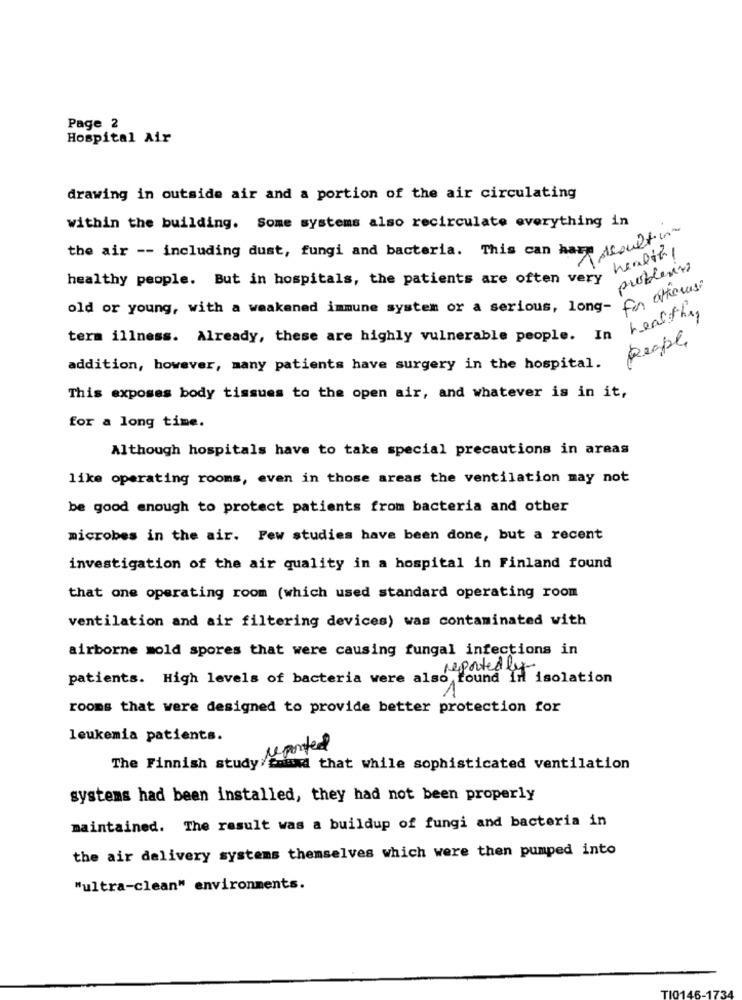
Page 2
Hospital Air
drawing in outside air and a portion of the air circulating
within the building. Some systems also recirculate everything in
the air -- including dust, fungi and bacteria. This can hamm faulty
health
problemas
healthy people. But in hospitals, the patients are often very
for others
old or young, with a weakened immune system or a serious, long-
healthy
term illness. Already, these are highly vulnerable people. In
people
addition, however, many patients have surgery in the hospital.
This exposes body tissues to the open air, and whatever is in it,
for a long time.
Although hospitals have to take special precautions in areas
like operating rooms, even in those areas the ventilation may not
be good enough to protect patients from bacteria and other
microbes in the air. Few studies have been done, but a recent
investigation of the air quality in a hospital in Finland found
that one operating room (which used standard operating room
ventilation and air filtering devices) was contaminated with
airborne mold spores that were causing fungal infections in
reportedly
patients. High levels of bacteria were also found In isolation
rooms that were designed to provide better protection for
leukemia patients.
reported
The Finnish study found that while sophisticated ventilation
systems had been installed, they had not been properly
maintained. The result was a buildup of fungi and bacteria in
the air delivery systems themselves which were then pumped into
"ultra-clean" environments.